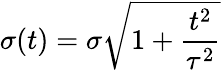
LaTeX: \sigma(t)=\sigma\sqrt{1+\frac{t^{2}}{\tau^{2}}}